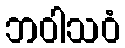
ဘဝါသဝံ